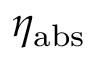
\eta _ { \mathrm { a b s } }